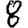
Digit: 8